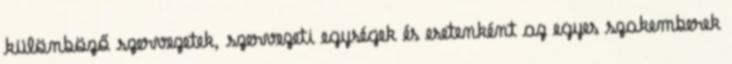
különböző szervezetek, szervezeti egységek és esetenként az egyes szakemberek